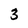
Character: 3